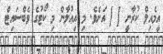
އީމެއިލް ކުރާނީ [ ] އަށެވެ. މި އިޢުލާން މި ކޯޓުގެ ވެބްސައިޓް